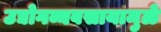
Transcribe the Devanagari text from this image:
उद्योगव्यवसायामुळे